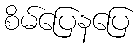
စိမ်ပြေနပြေ